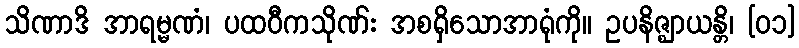
သိဏာဒိ အာရမ္မဏံ၊ ပထဝီကသိုဏ်း အစရှိသောအာရုံကို။ ဥပနိဇ္ဈာယန္တိ၊ [၀၁]